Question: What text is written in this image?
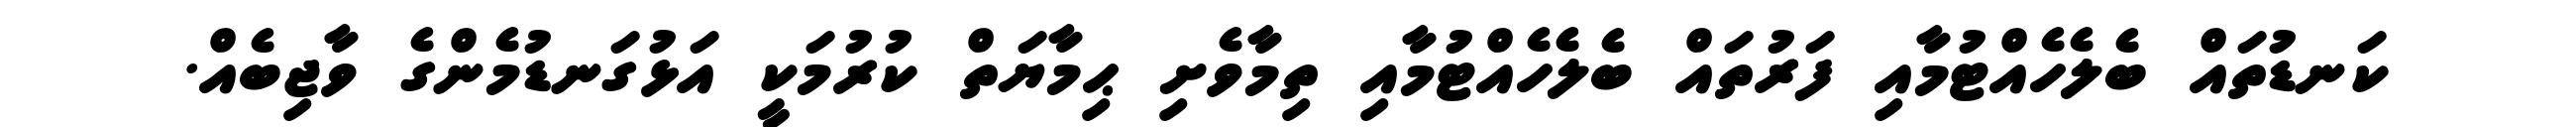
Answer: ކަނޑުތައް ބެލެހެއްޓުމާއި ފަރުތައް ބެލެހެއްޓުމާއި ތިމާވެށި ޙިމާޔަތް ކުރުމަކީ އަޅުގަނޑުމެންގެ ވާޖިބެއް.